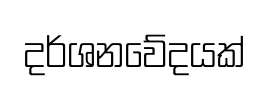
දර්ශනවේදයක්